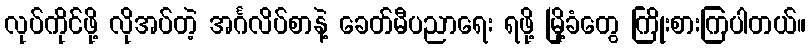
လုပ်ကိုင်ဖို့ လိုအပ်တဲ့ အင်္ဂလိပ်စာနဲ့ ခေတ်မီပညာရေး ရဖို့ မြို့ခံတွေ ကြိုးစားကြပါတယ်။